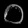
Digit: ၀